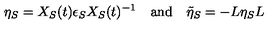
\eta _ { S } = X _ { S } ( t ) \epsilon _ { S } X _ { S } ( t ) ^ { - 1 } \quad \mathrm { a n d } \quad \tilde { \eta } _ { S } = - L \eta _ { S } L